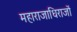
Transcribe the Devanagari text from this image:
महाराजाधिराजों